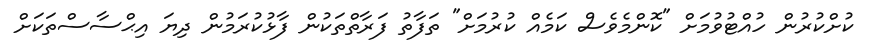
ކުށްކުރުން ހުއްޓުވުމަށް "ކޮންމެވެސް ކަމެއް ކުރުމަށް" ތަފާތު ފަރާތްތަކުން ފާޅުކުރަމުން ދިޔަ އިޙްސާސްތަކަށް